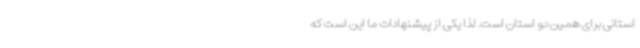
استانی برای همین دو استان است. لذا یکی از پیشنهادات ما این است که